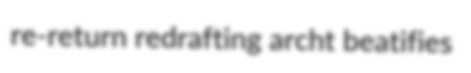
re-return redrafting archt beatifies